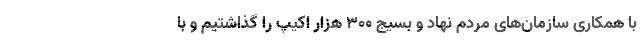
با همکاری سازمان‌های مردم نهاد و بسیج ۳۰۰ هزار اکیپ را گذاشتیم و با